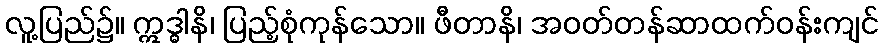
လူ့ပြည်၌။ ဣဒ္ဓါနိ၊ ပြည့်စုံကုန်သော။ ဖီတာနိ၊ အဝတ်တန်ဆာထက်ဝန်းကျင်